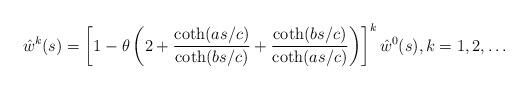
LaTeX: \begin{align*}\hat{w}^{k}(s)=\left[1-\theta\left( 2+\frac{\coth(as/c)}{\coth(bs/c)}+\frac{\coth(bs/c)}{\coth(as/c)}\right) \right]^{k}\hat{w}^{0}(s),k=1,2,\ldots\end{align*}